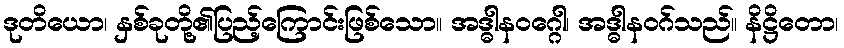
ဒုတိယော၊ နှစ်ခုတို့၏ပြည့်ကြောင်းဖြစ်သော။ အဒ္ဓါနဝဂ္ဂေါ၊ အဒ္ဓါနဝဂ်သည်။ နိဋ္ဌိတော၊